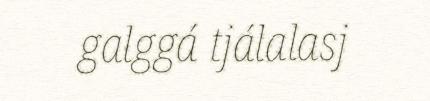
galggá tjálalasj